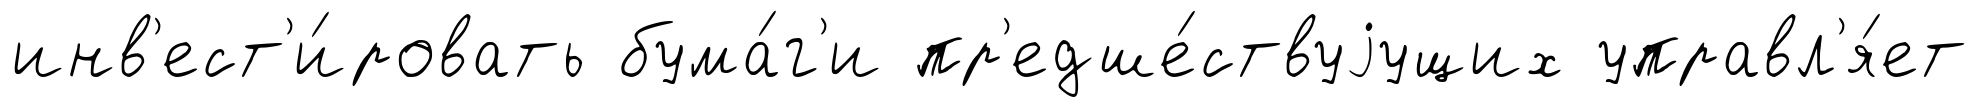
инв'ест'и́ровать бума́г'и пр'едше́ствуjущих управл'я́ет